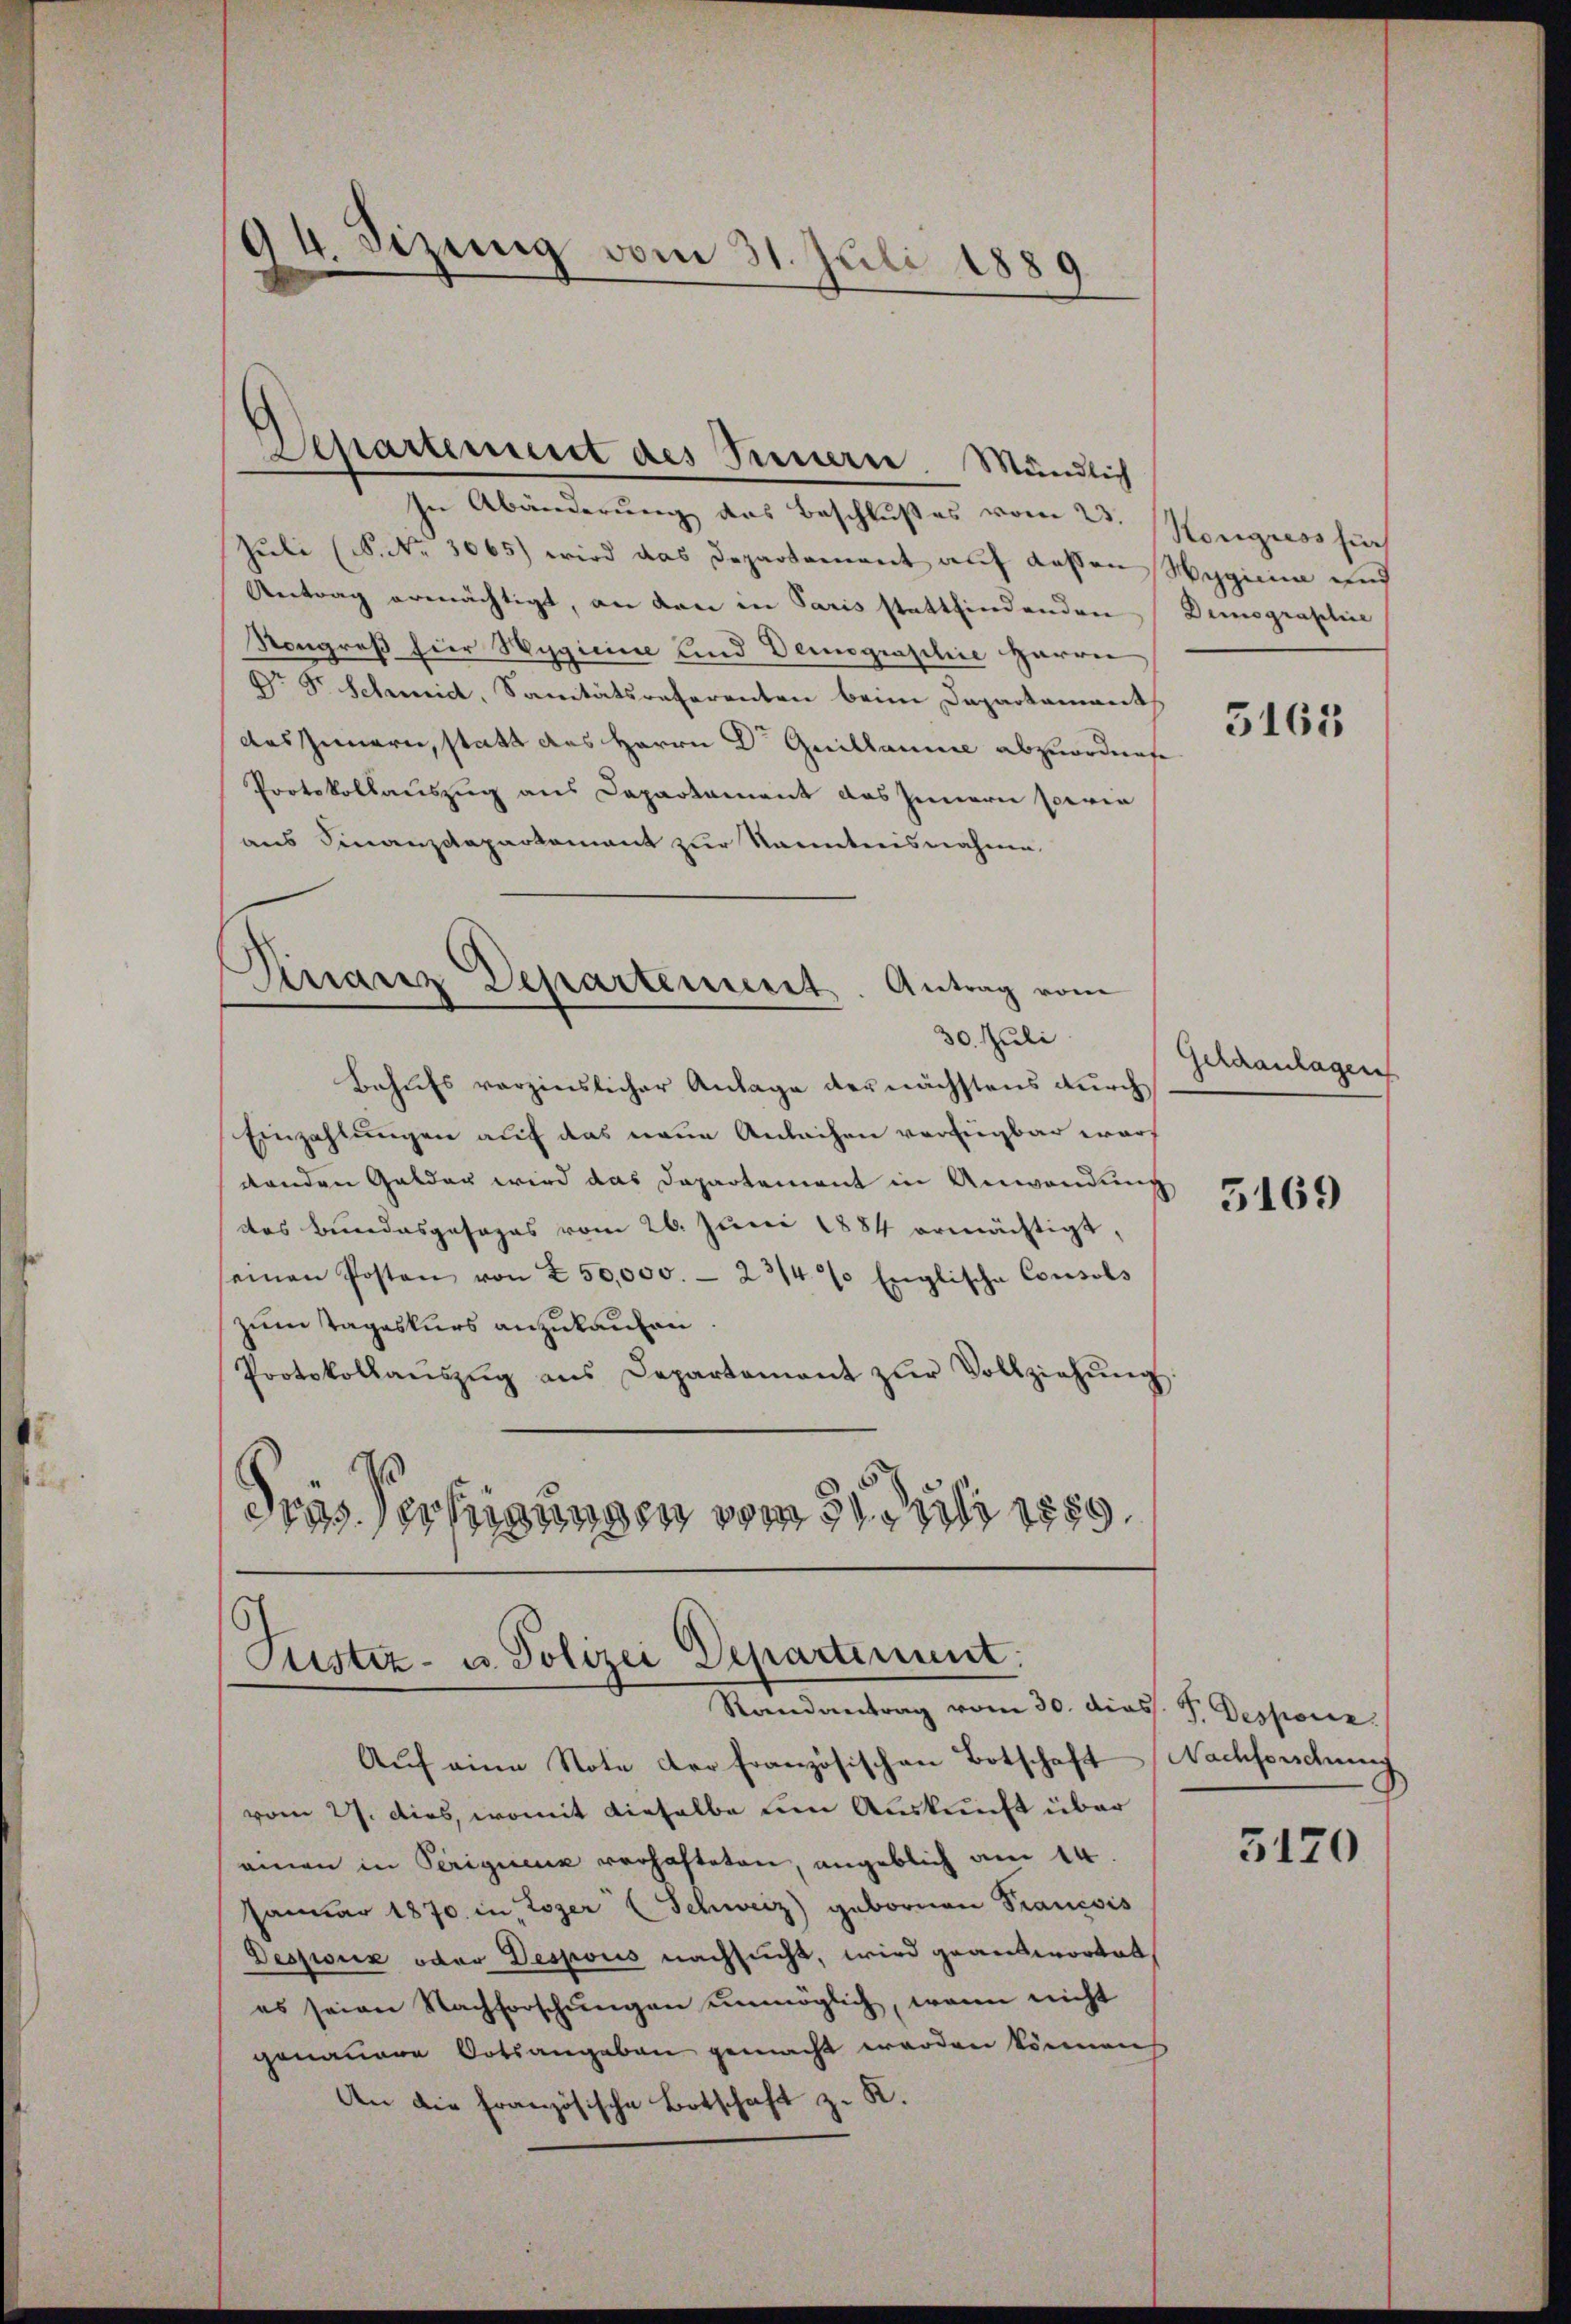
94. Sizung vom 31. Juli 1880

Departement des Innern. Mündlich

In Abänderung des Beschlußes vom 23. Konzeros such
Juli (S. Nr. 3065) wird das Departement auf dassen Hygien und
Antrag ermächtigt, an den in Paris stattfindenden Dumographie
Kongreß hier Wygicine und Demographie Harren
Dr Dr. Scheid, Sanitätsreferenten beim Departamant
das Innern, statt des Herrn Dr Guillaune abzuordnete
Protokollauszug aus Departament das Innern sovie
aus Finanzdepartement zur Kenntnisnahme
30. Juli
Behufs verzinslicher Anlage der nächstens durch
Einzahlungen auf das neue Anlachen verfügbar warf
denden Gelder wird das Departement in Anwendung
das Bundesgesages vom 26. Juni 1884 ermächtigt,
seinen Posten von 250,000. - 23/4% Englische Consols
zum Tageskurs anzukaufen
Protokollaŭszŭg aŭs Departamant zŭr Vollziehŭng.
dres Verfügungen vom 21. Juli 1889.

Finanz Departement. Antrag vom

Justiz- u. Polizei Departiment.
Randantrag vom 30. dies 7. Desponiz

Aŭf eine Note der Französischen Botschaft Nachforschung
vom 27. dies, womit dieselbe um Auskunft über
amen in Periquenz verhafteten, angeblich am 14.
Januar 1870. in Lozer (Schweiz) gebornen Tranesis
Desponiz oder Despons nachsucht, wird geantwortet
es seien Nachforschungen unmöglich, wenn nicht
genauere Ortsangaben gemacht werden können
An die Französische Botschaft z. K.

5163

Schranlagen

5169

5120